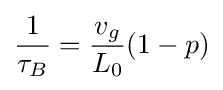
{\frac {1}{\tau _{B}}}={\frac {v_{g}}{L_{0}}}(1-p)